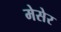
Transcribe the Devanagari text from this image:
मेसेर